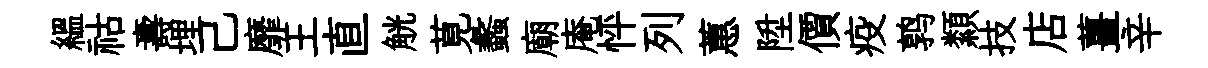
緼祜壽埋己靡王直觥莧蠡廟庵怦列蕙陞價疫鹑纇技店薑辛